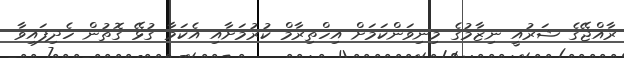
ރާއްޖޭގެ ޝަރުއީ ނިޒާމުގެ މިނިވަންކަމަށް އިހްތިރާމް ކުރުމަށާއި އެކަމާ ގުޅޭ ގޮތުން ހެދިފައިވާ